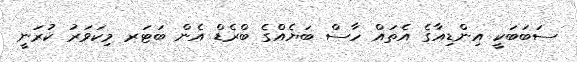
ސަބަބަކީ އިންޑިއާގެ އެތައް ހާސް ބަޔެއްގެ ބްރެޑް އެން ބަޓަރ މިކަވަރު ކުރަނީ